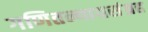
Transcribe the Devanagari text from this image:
गणितन्यायसंग्रह